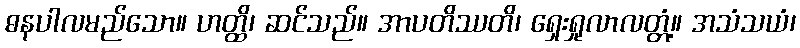
ဓနပါလမည်သော။ ဟတ္ထိ၊ ဆင်သည်။ အာပတိဿတိ၊ ရှေးရှုလာလတ္တံ့။ အသံသယံ၊